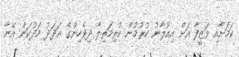
ކަމަށާއި ވަޒީފާ އަށް އިއުލާނު ކުރުމުން ކުރިމަތިލާ ދިވެހިންގެ އަދަދު މަދުކަން އޭނާ